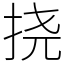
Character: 挠